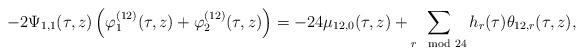
LaTeX: \begin{align*}-2\Psi_{1,1}(\tau,z)\left(\varphi^{(12)}_1(\tau,z)+\varphi_2^{(12)}(\tau,z)\right)=-24\mu_{12,0}(\tau,z)+\sum_{r\mod 24}h_{r}(\tau)\theta_{12,r}(\tau,z),\end{align*}